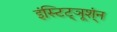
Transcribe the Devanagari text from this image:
इंस्टिट्ञूश्ंन